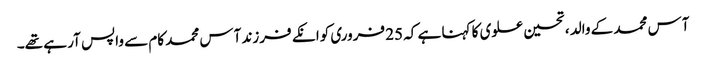
آس محمد کے والد ، تحسین علوی کا کہنا ہے کہ 25 فروری کوانکے فرزند آس محمد کام سے واپس آر ہے تھے۔